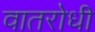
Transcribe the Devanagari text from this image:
वातरोधी